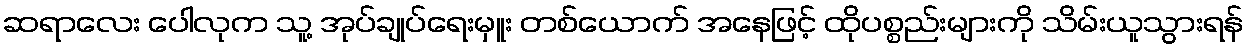
ဆရာလေး ပေါလုက သူ့ အုပ်ချုပ်ရေးမှူး တစ်ယောက် အနေဖြင့် ထိုပစ္စည်းများကို သိမ်းယူသွားရန်